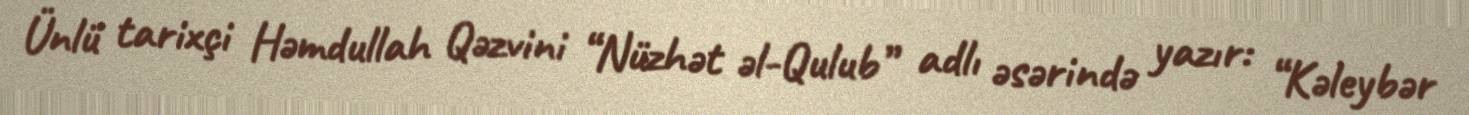
Ünlü tarixçi Həmdullah Qəzvini “Nüzhət əl-Qulub” adlı əsərində yazır: “Kəleybər